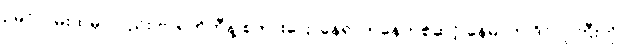
ဥမင်လမ်းထဲမှာလည်း ဗာရက်တီနဲ့ စကားပြောနေရာကနေတစ်ဆင့် နေမာက ဒိုင်လူကြီးကို